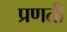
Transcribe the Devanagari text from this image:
प्रणती